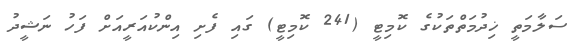
ސަލާމަތީ ޚިދުމަތްތަކުގެ ކޮމިޓީ (241 ކޮމިޓީ) ގައި ފެށި އިންކުއަރީއަށް ފަހު ނަޝީދު